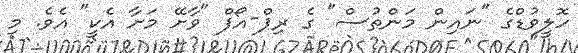
ހޮލީވުޑްގެ "ނައިން މަންތުސް" ގެ ރިޕް-އޯފް "ވާށޭ މަށާ އެކީ" އެވެ. މި